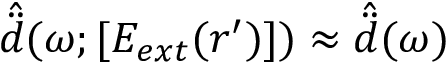
\hat { \ddot { d } } ( \omega ; [ E _ { e x t } ( \boldsymbol { r } ^ { \prime } ) ] ) \approx \hat { \ddot { d } } ( \omega )